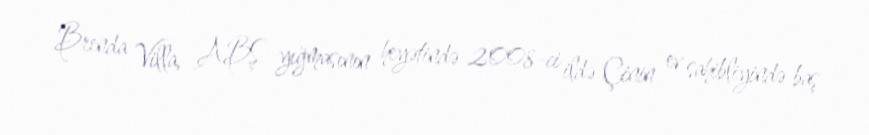
Brenda Villa, ABŞ yığmasının heyətində 2008-ci ildə Çinin ev sahibliyində baş